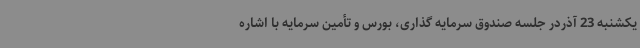
یکشنبه 23 آذردر جلسه صندوق سرمایه گذاری، بورس و تأمین سرمایه با اشاره